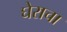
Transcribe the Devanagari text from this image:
घेराचा